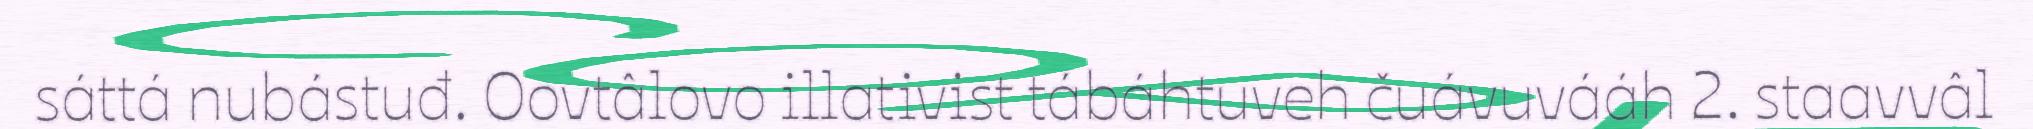
sáttá nubástuđ. Oovtâlovo illativist tábáhtuveh čuávuvááh 2. staavvâl